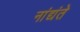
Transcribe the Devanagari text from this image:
नांद्यंते